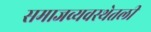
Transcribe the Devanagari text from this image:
समाजव्यवस्थेतली